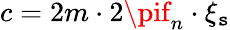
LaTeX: c=2m\cdot2\pif_{n}\cdot\xi_{\mathtt{s}}